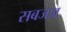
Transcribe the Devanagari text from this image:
सबजज